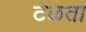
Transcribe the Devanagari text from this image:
टळता